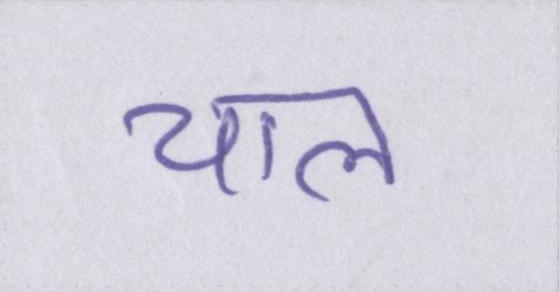
चाल